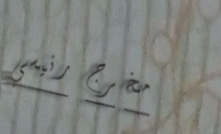
مخرج رئيسي